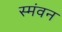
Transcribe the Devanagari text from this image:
स्मंवन